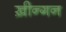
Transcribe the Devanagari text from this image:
ख़ीन्गन